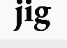
jig